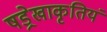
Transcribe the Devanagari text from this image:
षड्रेखाकृतियं